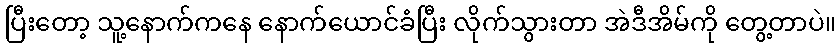
ပြီးတော့ သူ့နောက်ကနေ နောက်ယောင်ခံပြီး လိုက်သွားတာ အဲဒီအိမ်ကို တွေ့တာပဲ။